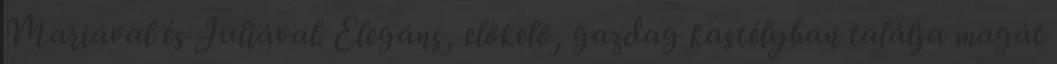
Mariával és Juliával. Elegáns, előkelő, gazdag kastélyban találja magát